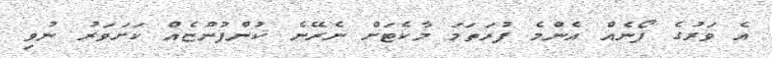
އެ ވަރުގެ ފޯނެއް އެންމެ ފުރަތަމަ މާކެޓަށް ނެރޭނެ ކުންފުންޏެއް ކަށަވަރު ނުވި